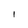
Character: l